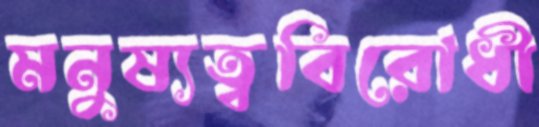
মনুষ্যত্ববিরোধী